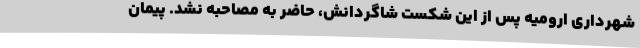
شهرداری ارومیه پس از این شکست شاگردانش، حاضر به مصاحبه نشد. پیمان